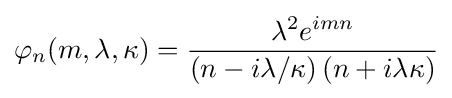
\varphi _{n}(m,\lambda ,\kappa )={\frac {\lambda ^{2}e^{imn}}{\left(n-i\lambda /\kappa \right)\left(n+i\lambda \kappa \right)}}